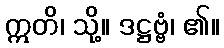
ဣတိ၊ သို့။ ဒဋ္ဌဗ္ဗံ၊ ၏။